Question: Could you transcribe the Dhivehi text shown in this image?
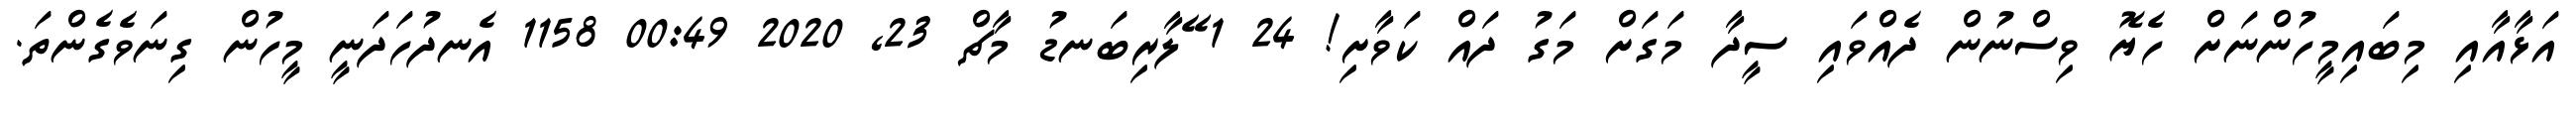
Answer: އަޅާއާއި މިބައިމީހުންނަށް ހެޔޮ ވިސްނުން ދެއްވައި ސީދާ މަގަށް މަގު ދައް ކަވާށި! 24 1 ޭލާރިބަނޑު މާޗް 23, 2020 00:49 1158 އެނދުހަދަނީ މީހުން ގިނަވެގެންތަ.